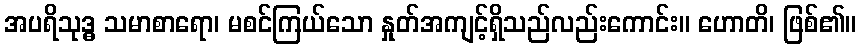
အပရိသုဒ္ဓ သမာစာရော၊ မစင်ကြယ်သော နှုတ်အကျင့်ရှိသည်လည်းကောင်း။ ဟောတိ၊ ဖြစ်၏။